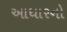
આધારનો